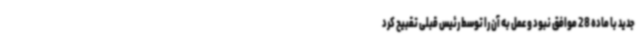
جدید با ماده 28 موافق نبود و عمل به آن را توسط رئیس قبلی تقبیح کرد